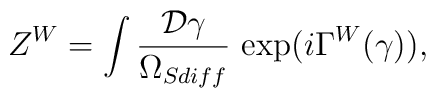
Z^W=\int {{\cal D} \gamma \over \Omega_{Sdiff}} ~{\rm exp}(i \Gamma^W (\gamma)),